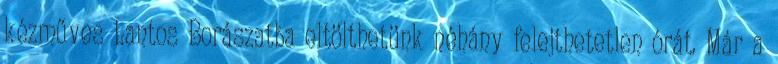
kézműves Lantos Borászatba eltölthetünk néhány felejthetetlen órát. Már a